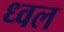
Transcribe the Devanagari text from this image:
ध्वल